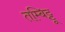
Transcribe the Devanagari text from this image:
तम्बिट्टू